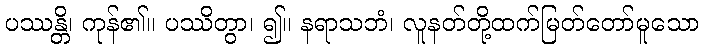
ပဿန္တိ၊ ကုန်၏။ ပဿိတွာ၊ ၍။ နရာသဘံ၊ လူနတ်တို့ထက်မြတ်တော်မူသော